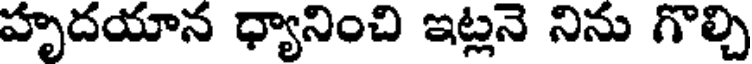
హృదయాన ధ్యానించి ఇట్లనె నిను గొల్చి